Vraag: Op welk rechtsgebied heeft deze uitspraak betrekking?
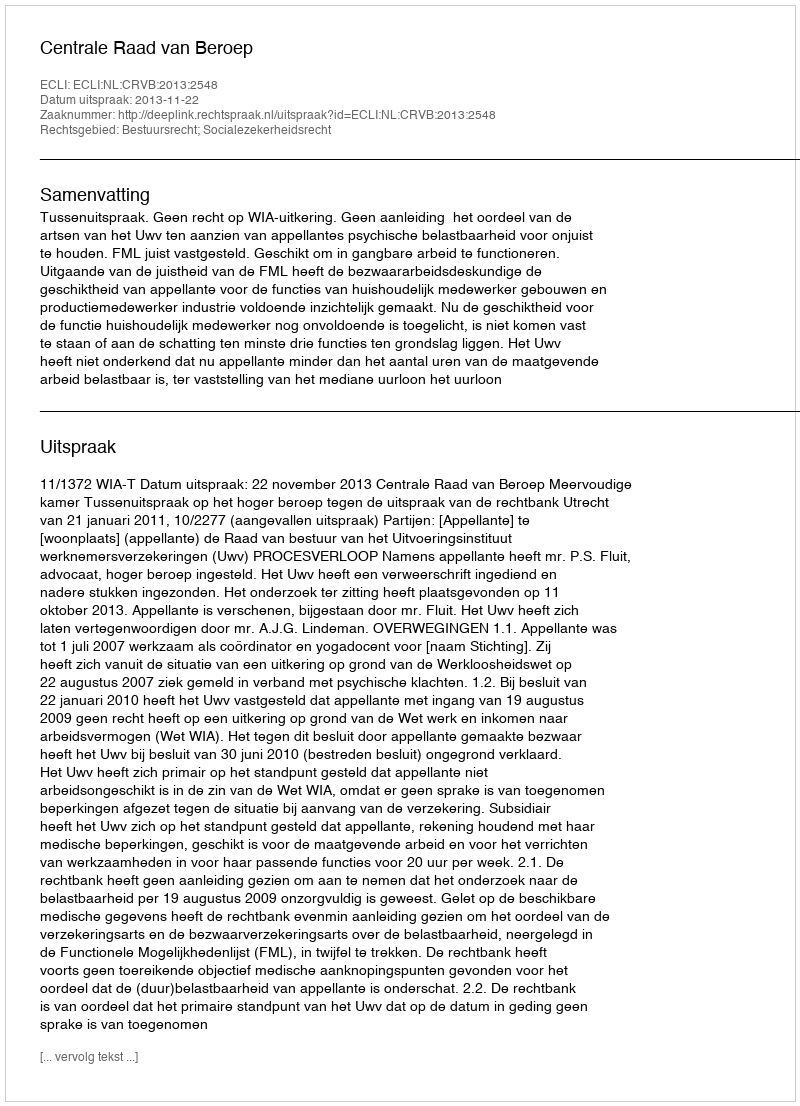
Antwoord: Bestuursrecht; Socialezekerheidsrecht